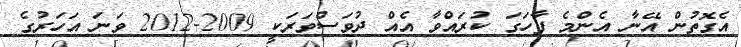
އެގޮތުން އޭނާ އެންމެ ފާހަގަ ކުރައްވާ އެއް ދުވަސްވަރަކީ 2009-2012 ވަނަ އަހަރުގެ